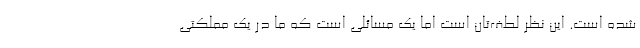
شده است. این نظر لطف‌تان است اما یک مسائلی است که ما در یک مملکتی